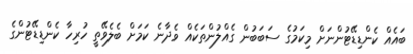
ބައެއް ކެންޑިޑޭޓުންނަށް މިކަމުގެ ސަބަބުން ގެއްލުންތަކެއް ވެދާނެ ކަމަށް ބެލެވޭތީ ހުރިހާ ކެންޑިޑޭޓުންގެ